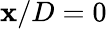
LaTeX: \mathbf{x}/D=0